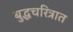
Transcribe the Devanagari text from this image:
बुद्धचरित्रात